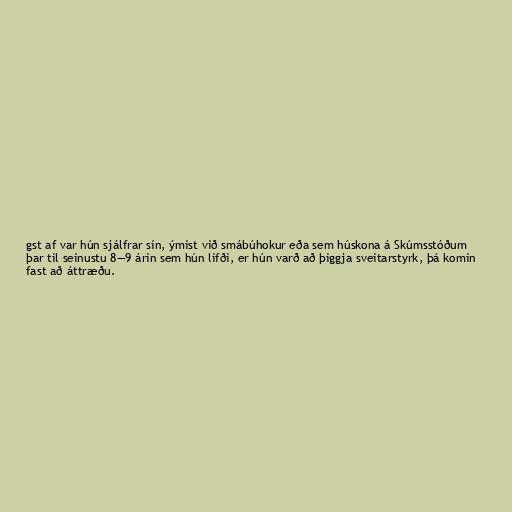
gst af var hún sjálfrar sín, ýmist við smábúhokur eða sem húskona á Skúmsstóðum
þar til seinustu 8—9 árin sem hún lifði, er hún varð að þiggja sveitarstyrk, þá komin
fast að áttræðu.